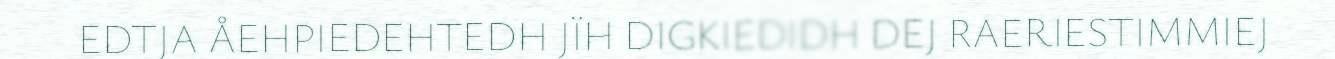
EDTJA ÅEHPIEDEHTEDH JÏH DIGKIEDIDH DEJ RAERIESTIMMIEJ